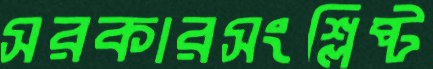
সরকারসংশ্লিষ্ট